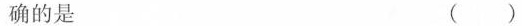
确的是 ( )